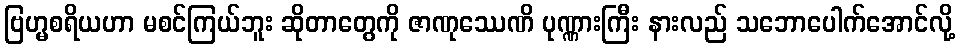
ဗြဟ္မစရိယဟာ မစင်ကြယ်ဘူး ဆိုတာတွေကို ဇာဏုဿေဏိ ပုဏ္ဏားကြီး နားလည် သဘောပေါက်အောင်လို့